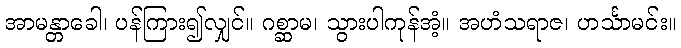
အာမန္တာခေါ၊ ပန်ကြား၍လျှင်။ ဂစ္ဆာမ၊ သွားပါကုန်အံ့။ အဟံသရာဇ၊ ဟင်္သာမင်း။